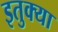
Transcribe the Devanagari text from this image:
इतुक्या